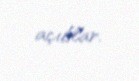
açıblar.